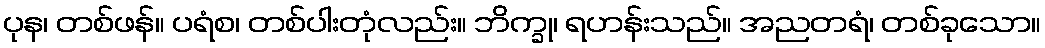
ပုန၊ တစ်ဖန်။ ပရံစ၊ တစ်ပါးတုံလည်း။ ဘိက္ခု၊ ရဟန်းသည်။ အညတရံ၊ တစ်ခုသော။